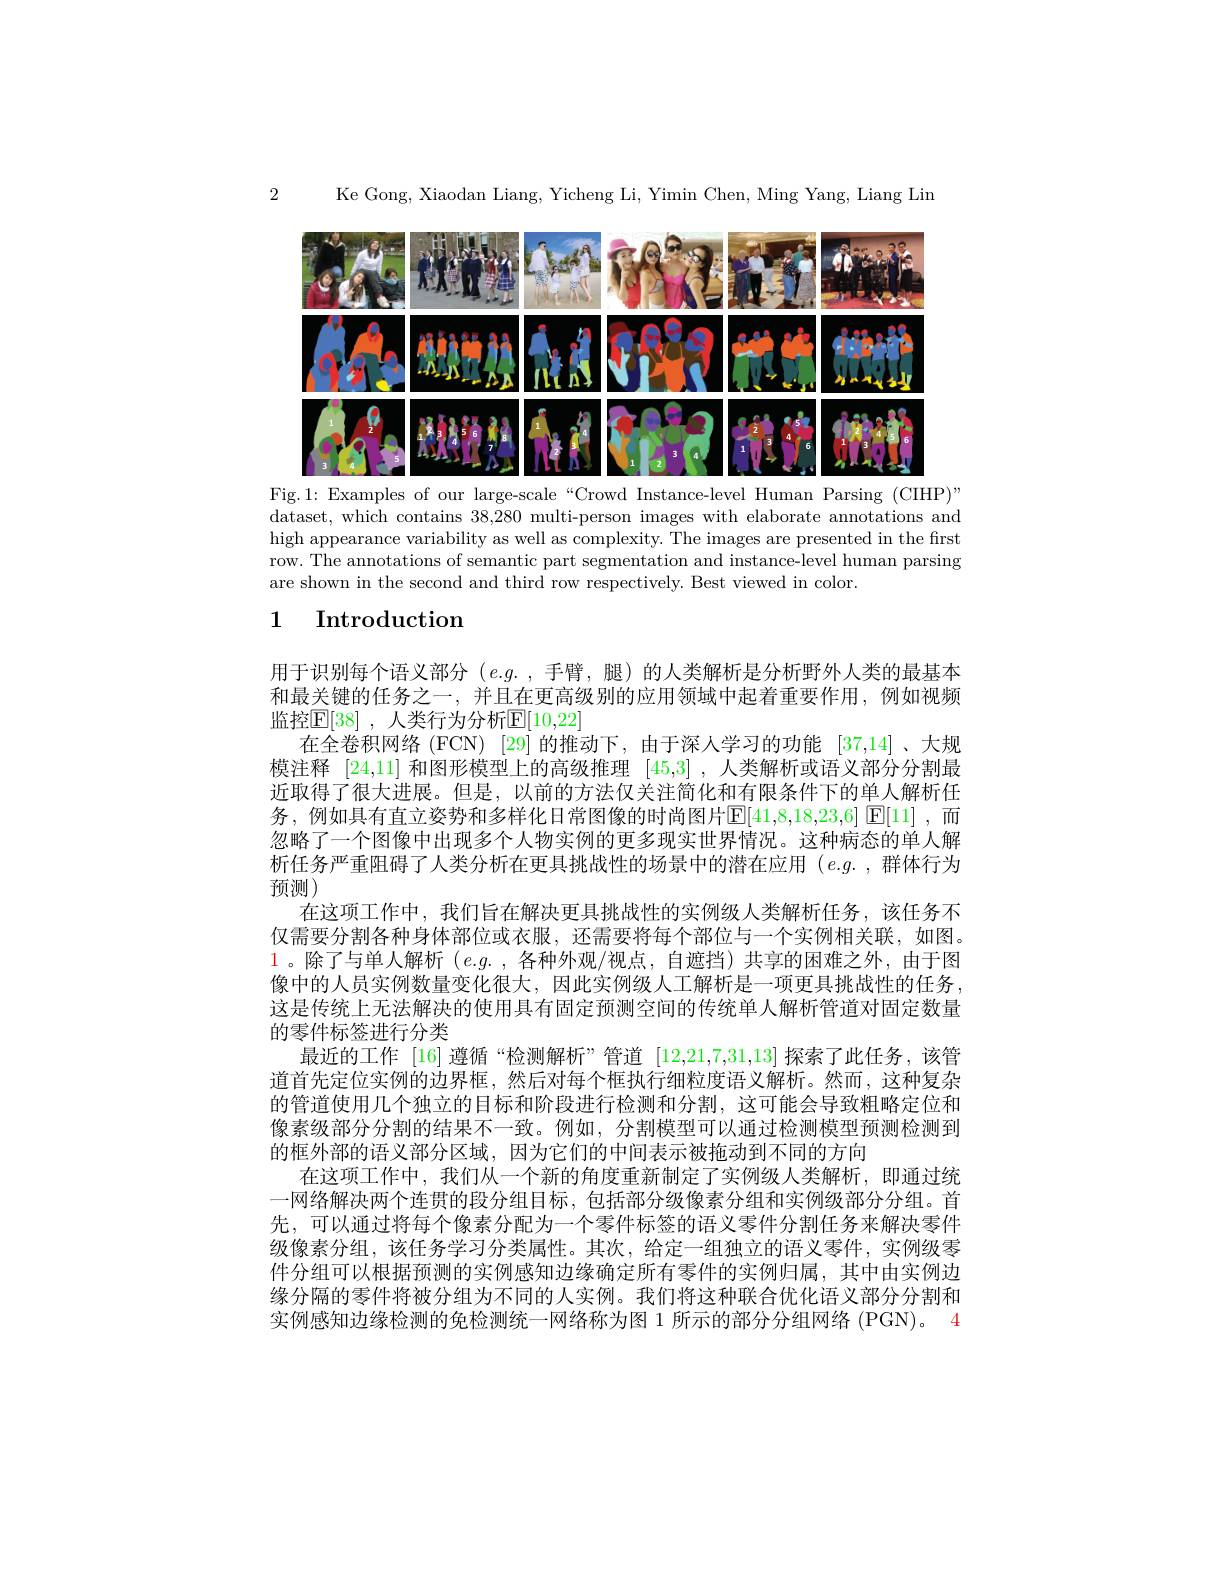
2

Ke Gong, Xiaodan Liang, Yicheng Li, Yimin Chen, Ming Yang, Liang Lin

<FigureHere>
Fig.1: Examples of our large-scale“Crowd Instance-level Human Parsing (CIHP)”

dataset, which contains 38,280 multi-person images with elaborate annotations and high appearance variability as well as complexity. The images are presented in the first row. The annotations of semantic part segmentation and instance-level human parsing are shown in the second and third row respectively. Best viewed in color.

# 1 Introduction

用于识别每个语义部分$(e.g.$ ,手臂，腿)的人类解析是分析野外人类的最基本和最关键的任务之一 , 并且在更高级别的应用领域中起着重要作用，例如视频监控$\mathbb{E}[38]$ ,人类行为分析$\mathbb{E}[10,22]$
在全卷积网络 (FCN) [29] 的推动下，由于深人学习的功能 [37,14]、大规模注释[24,11]和图形模型上的高级推理[45,3] ,人类解析或语义部分分割最近取得了很大进展。但是，以前的方法仅关注简化和有限条件下的单人解析任务，例如具有直立姿势和多样化日常图像的时尚图片$\operatorname{E}[41,8,18,23,6]\operatorname{E}[11]$,而忽略了一个图像中出现多个人物实例的更多现实世界情况。这种病态的单人解析任务严重阻碍了人类分析在更具挑战性的场景中的潜在应用(e.g.,群体行为预测)
在这项工作中，我们旨在解决更具挑战性的实例级人类解析任务，该任务不仅需要分割各种身体部位或衣服，还需要将每个部位与一个实例相关联，如图。1。除了与单人解析 $(e.g.$,各种外观/视点，自遮挡)共享的困难之外，由于图像中的人员实例数量变化很大，因此实例级人工解析是一项更具挑战性的任务， 这是传统上无法解决的使用具有固定预测空间的传统单人解析管道对固定数量的零件标签进行分类
最近的工作 [16] 遵循“检测解析”管道[12,21,7,31,13]探索了此任务，该管道首先定位实例的边界框，然后对每个框执行细粒度语义解析。然而，这种复杂的管道使用几个独立的目标和阶段进行检测和分割，这可能会导致粗略定位和像素级部分分割的结果不一致。例如，分割模型可以通过检测模型预测检测到的框外部的语义部分区域，因为它们的中间表示被拖动到不同的方向
在这项工作中，我们从一个新的角度重新制定了实例级人类解析，即通过统一网络解决两个连贯的段分组目标，包括部分级像素分组和实例级部分分组。首先，可以通过将每个像素分配为一个零件标签的语义零件分割任务来解决零件级像素分组，该任务学习分类属性。其次，给定一组独立的语义零件，实例级零件分组可以根据预测的实例感知边缘确定所有零件的实例归属，其中由实例边缘分隔的零件将被分组为不同的人实例。我们将这种联合优化语义部分分割和实例感知边缘检测的免检测统一网络称为图 1 所示的部分分组网络 (PGN)。4